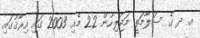
އ. ދ ގެ ސަލާމަތީ މަޖުލިހުން 22 މެއި 2003 ގައި އިރާޤުގައި